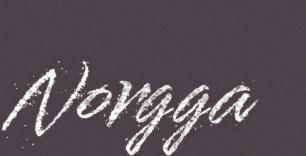
Norgga